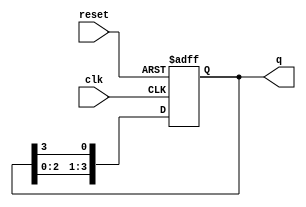
module ring_counter (
    input wire clk,          // Clock input
    input wire reset,        // Asynchronous reset input
    output reg [3:0] q       // 4-bit output
);

// Initial state
initial begin
    q = 4'b0001; // Initialize to 0001
end

// Always block triggered on the rising edge of the clock or reset
always @(posedge clk or posedge reset) begin
    if (reset) begin
        q <= 4'b0001; // Reset to initial state
    end else begin
        // Shift the '1' to the left, wrapping around
        q <= {q[2:0], q[3]}; // Shift left and wrap around
    end
end

endmodule